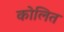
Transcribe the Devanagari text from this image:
कोलित